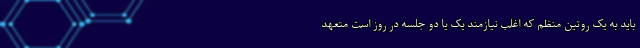
باید به یک روتین منظم که اغلب نیازمند یک یا دو جلسه در روز است متعهد